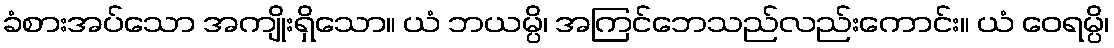
ခံစားအပ်သော အကျိုးရှိသော။ ယံ ဘယမ္ပိ၊ အကြင်ဘေသည်လည်းကောင်း။ ယံ ဝေရမ္ပိ၊